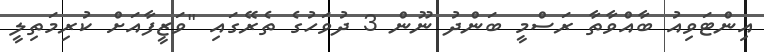
އިންޓަވިއު ބާއްވާތާ ރަސްމީ ބަންދު ނޫން 3 ދުވަހުގެ ތެރޭގައި "ވަޒީފާއަށް ކުރިމަތިލީ